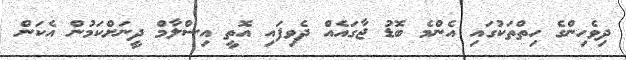
ދިވެހިންގެ ހިތްތަކުގައި އެންމެ ބޮޑު ޖާގައެއް ދެވިފައި އޮތީ އިސްލާމް ދީނަށްކަމުން އެކަން